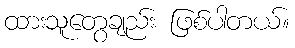
ထားသူတွေချည်း ဖြစ်ပါတယ်။